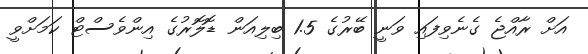
އަށް ރާއްޖެ ގެނެވިފައި ވަނީ ބޭރުގެ 1.5 ބިލިއަން ޑޮލޮރުގެ އިންވެސްޓް ކަމަށްވީ